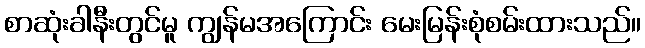
စာဆုံးခါနီးတွင်မူ ကျွန်မအကြောင်း မေးမြန်းစုံစမ်းထားသည်။